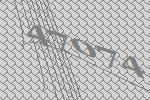
47074